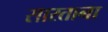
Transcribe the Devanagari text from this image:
सारताना